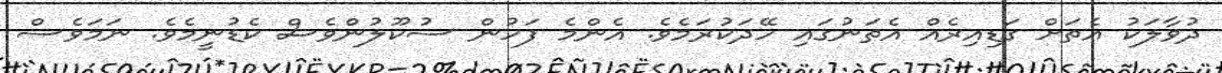
ދުވާލަކު އެތަށް ގަޑިއިރެއް އެތަނުގައި ހޭދަކުރަމެވެ. އެންމެ ފަހުން ސުކޫލުންވެސް ކެޑުނީމެވެ. ނަމަވެސް